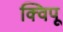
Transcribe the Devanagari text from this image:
क्विपू